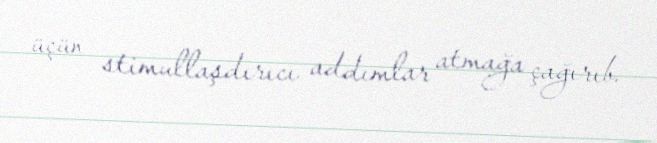
üçün stimullaşdırıcı addımlar atmağa çağırıb.